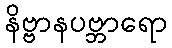
နိဗ္ဗာနပဗ္ဘာရော